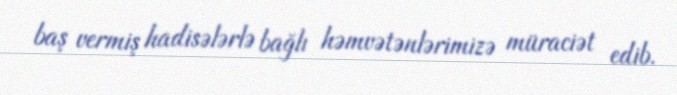
baş vermiş hadisələrlə bağlı həmvətənlərimizə müraciət edib.